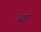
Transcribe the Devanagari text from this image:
जूहा